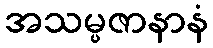
အသမ္ပဇာနာနံ